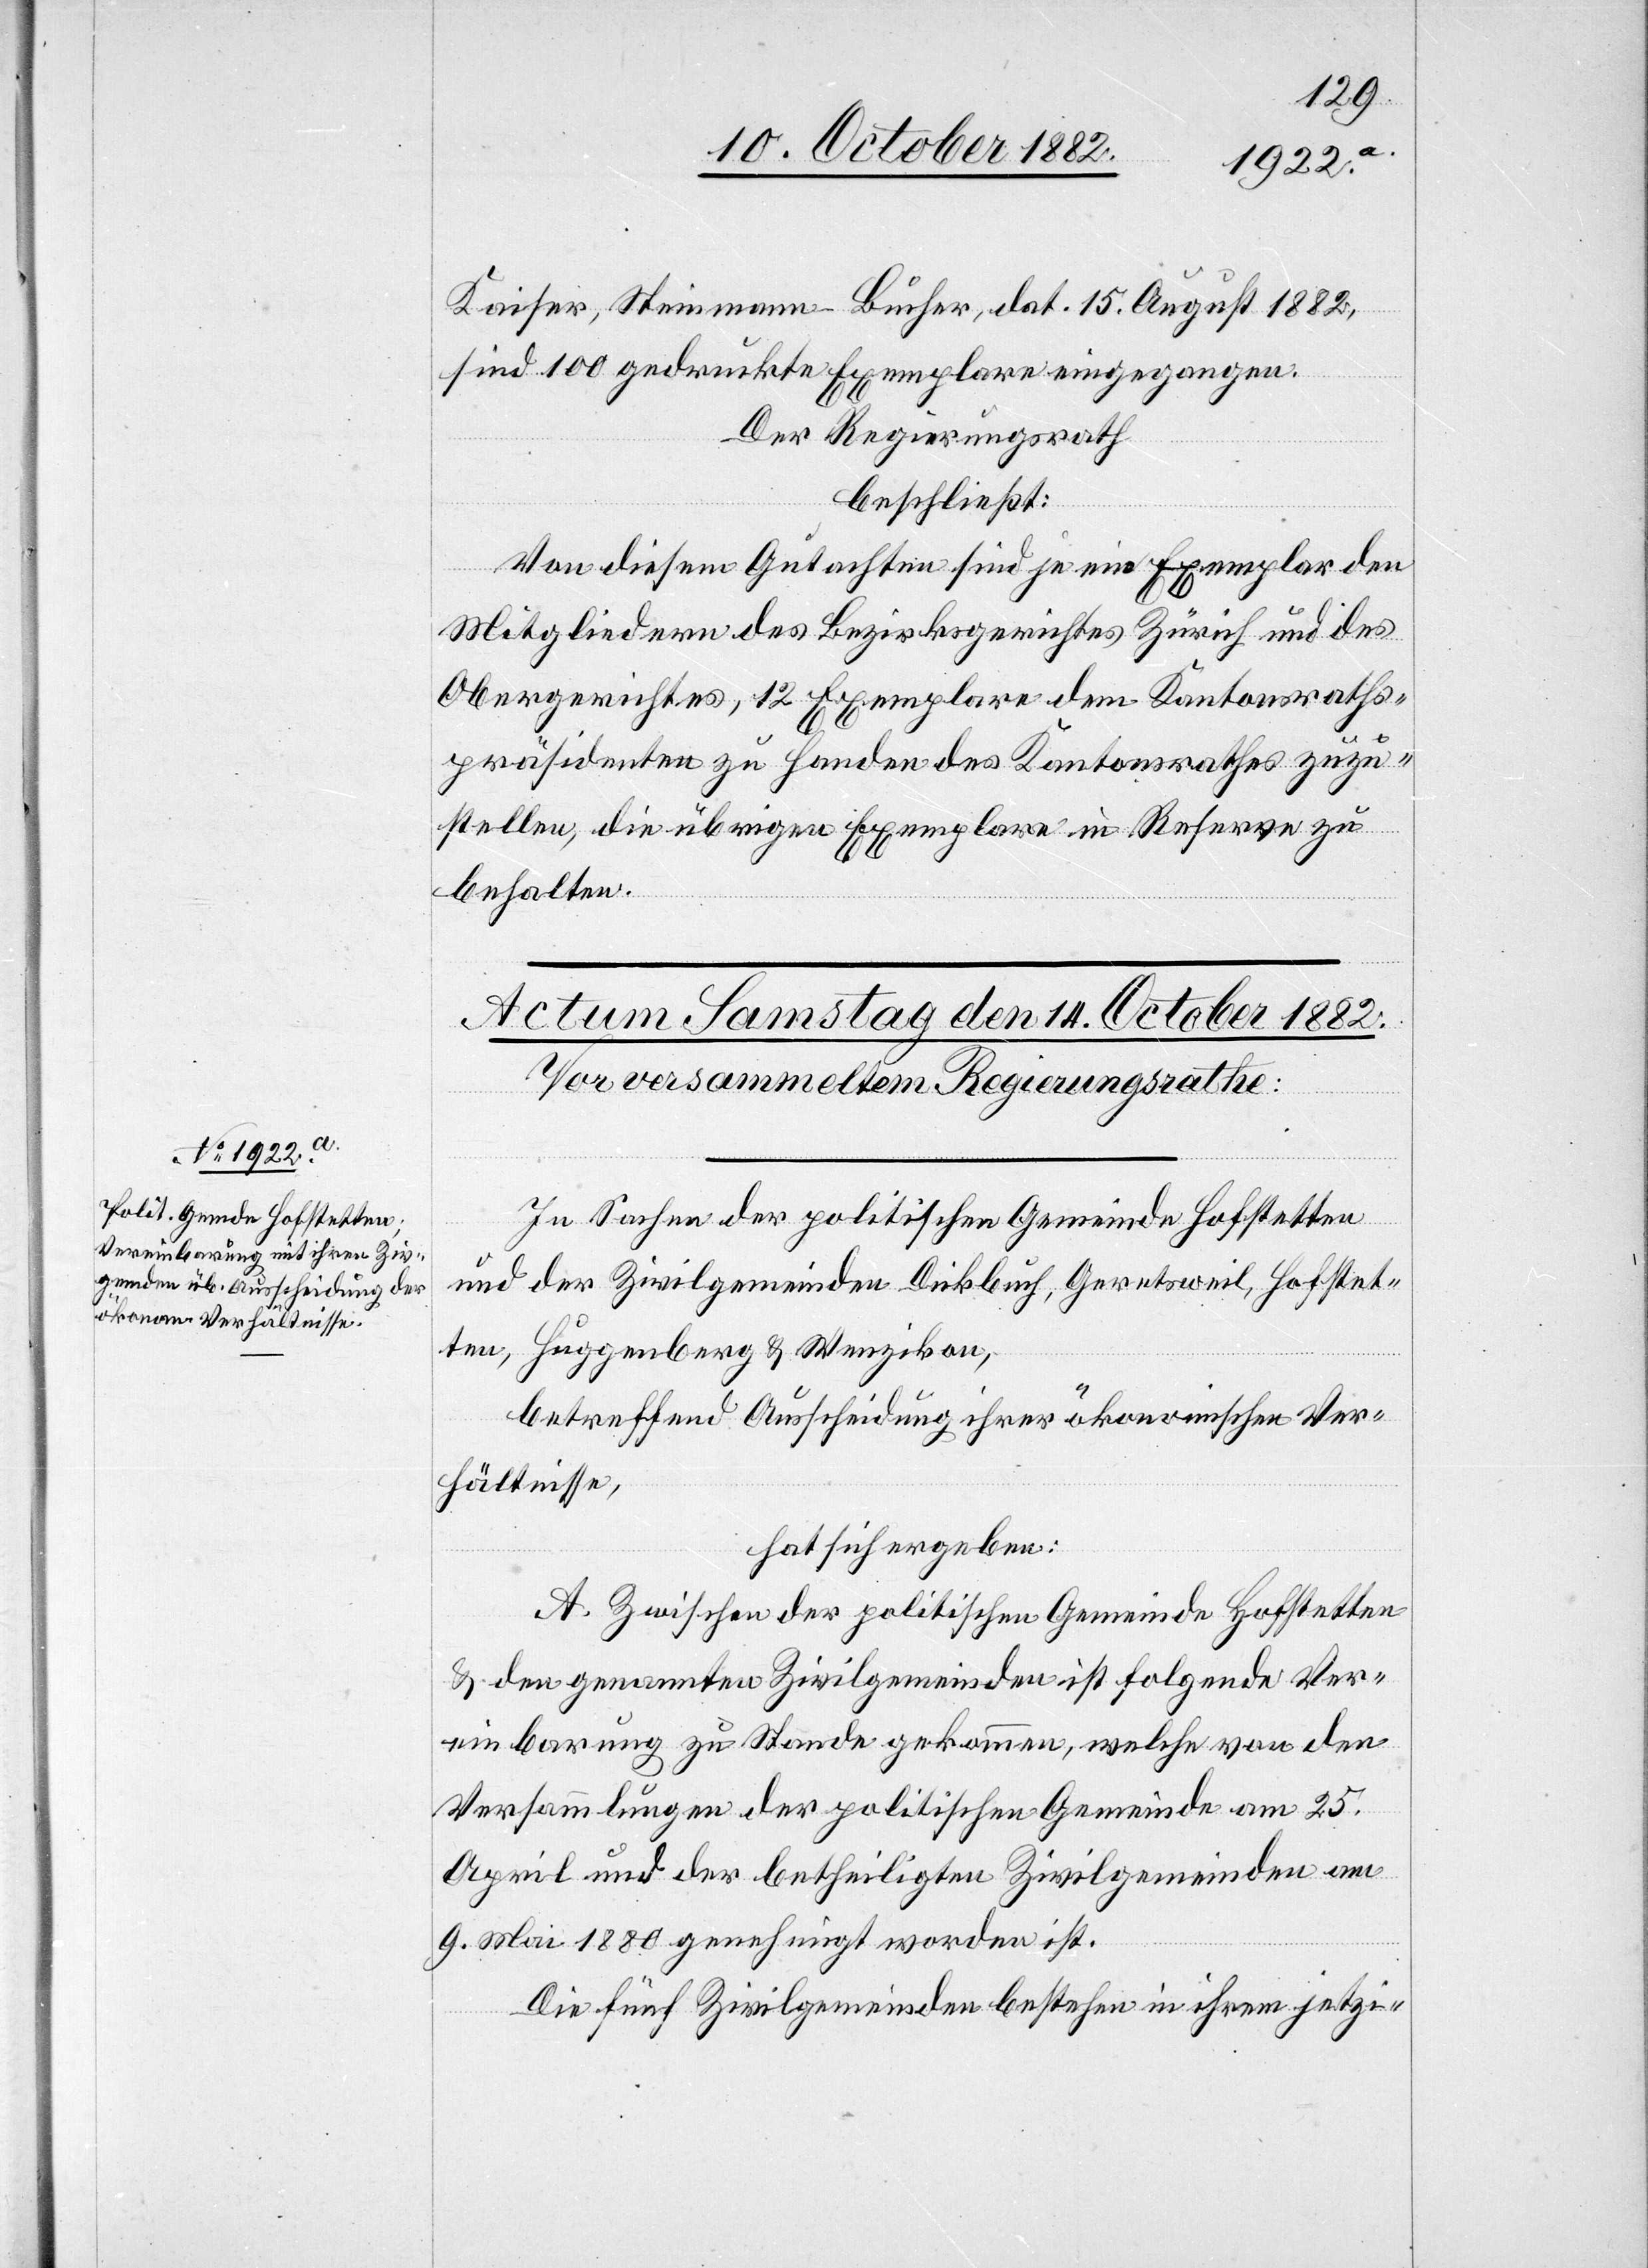
Kaiser, Steinmann-Bucher, dat 15. August 1882,
sind 100 gedruckte Exemplare eingegangen.
Der Regierungsrath
beschließt:
Von diesem Gutachten sind je ein Exemplar den
Mitgliedern des Bezirksgerichtes Zürich und des
Obergerichtes, 12 Exemplare dem Kantonsraths¬
präsidenten zu Handen des Kantonsrathes zuzu¬
stellen, die übrigen Exemplare in Reserve zu
behalten.
In Sachen der politischen Gemeinde Hofstetten
und der Zivilgemeinden Dickbuch, Geretsweil, Hofstet¬
ten, Huggenberg & Wenzikon,
betreffend Ausscheidung ihrer ökonomischen Ver¬
hältnisse,
hat sich ergeben:
A. Zwischen der politischen Gemeinde Hofstetten
& den genannten Zivilgemeinden ist folgende Ver¬
einbarung zu Stande gekommen, welche von den
Versammlungen der politischen Gemeinde am 25.
April und der betheiligten Zivilgemeinden am
9. Mai 1880 genehmigt worden ist.
Die fünf Zivilgemeinden bestehen in ihrem jetzi-